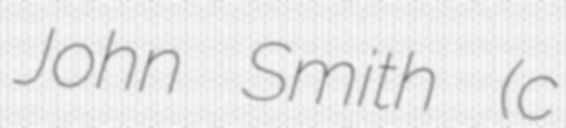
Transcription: John Smith (c